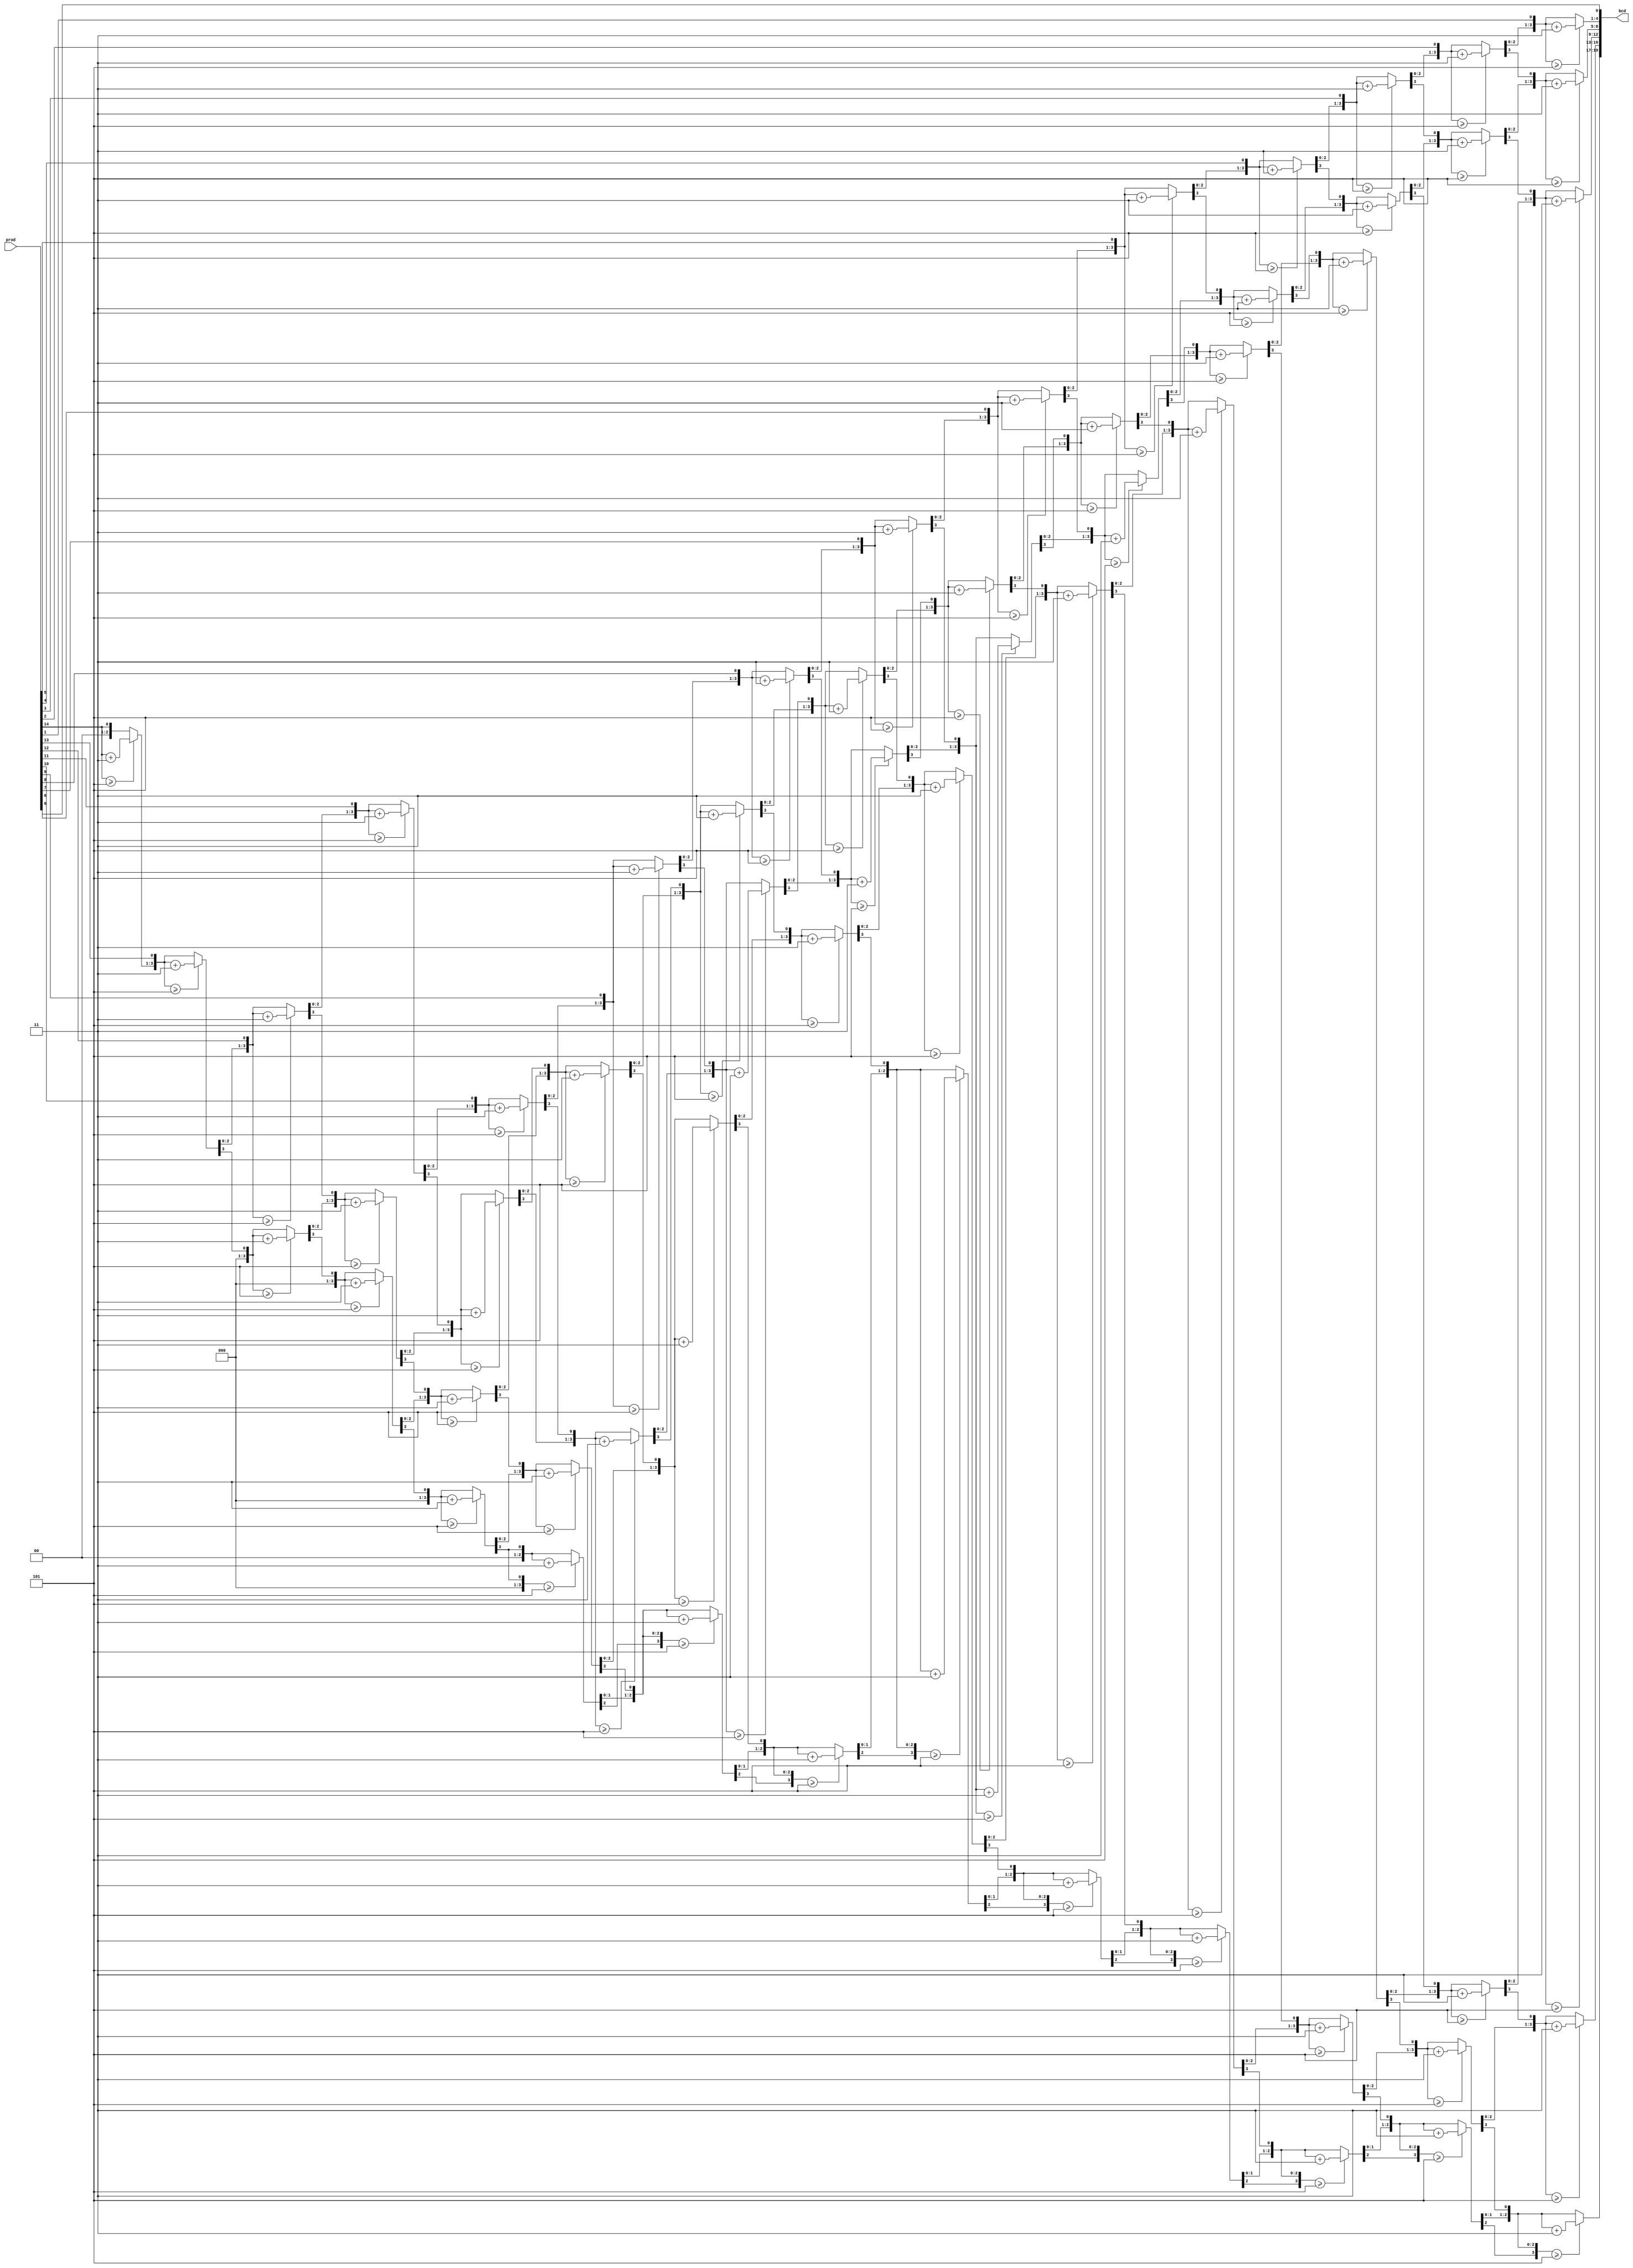
`timescale 1ns / 1ps
//////////////////////////////////////////////////////////////////////////////////
// Company: 
// Engineer: 
// 
// Design Name: 
// Module Name: Double_Dabble
// Project Name: 
// Target Devices: 
// Tool Versions: 
// Description: 
// 
// Dependencies: 
// 
// Revision:
// Revision 0.01 - File Created
// Additional Comments:
// 
//////////////////////////////////////////////////////////////////////////////////

module Double_Dabble(
   input [14:0] prod,
   output reg [19:0] bcd
   );
   
integer i;

always @(*) begin
    bcd=0;
    for (i=0;i<15;i=i+1) begin //Iterate once for each bit in input number
     if (bcd[3:0] >= 5) bcd[3:0] = bcd[3:0] + 3; //If any BCD digit is >= 5, add three
     if (bcd[7:4] >= 5) bcd[7:4] = bcd[7:4] + 3;
     if (bcd[11:8] >= 5) bcd[11:8] = bcd[11:8] + 3;
     if (bcd[15:12] >= 5) bcd[15:12] = bcd[15:12] + 3;
     if (bcd[19:16] >= 5) bcd[19:16] = bcd[19:16] + 3;
     bcd = {bcd[18:0],prod[14-i]}; //Shift one bit, and shift in proper bit from input
    end
end

endmodule